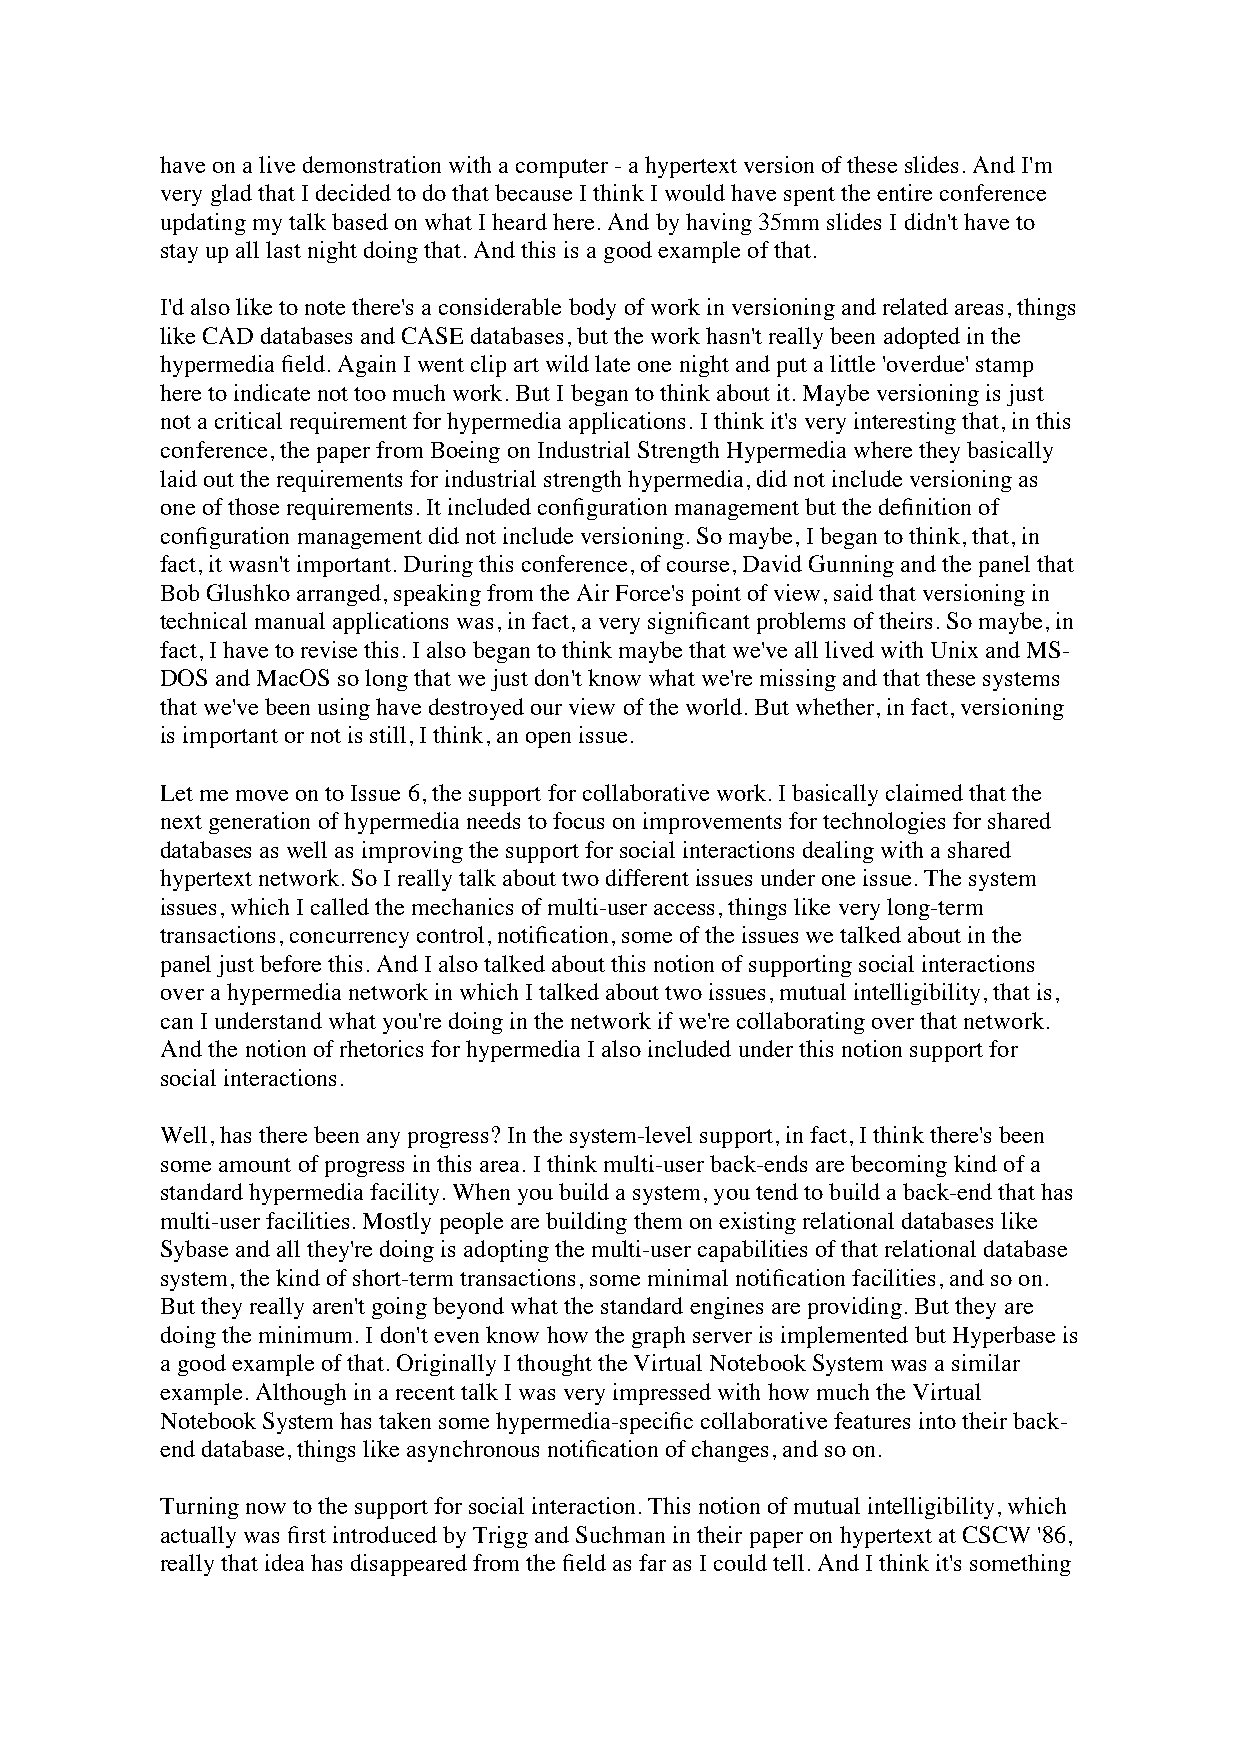
have on a live demonstration with a computer - a hypertext version of these slides. And I'm
 very glad that I decided to do that because I think I would have spent the entire conference
 updating my talk based on what I heard here. And by having 35mm slides I didn't have to
 stay up all last night doing that. And this is a good example of that.
 I'd also like to note there's a considerable body of work in versioning and related areas, things
 like CAD databases and CASE databases, but the work hasn't really been adopted in the
 hypermedia field. Again I went clip art wild late one night and put a little 'overdue' stamp
 here to indicate not too much work. But I began to think about it. Maybe versioning is just
 not a critical requirement for hypermedia applications. I think it's very interesting that, in this
 conference, the paper from Boeing on Industrial Strength Hypermedia where they basically
 laid out the requirements for industrial strength hypermedia, did not include versioning as
 one of those requirements. It included configuration management but the definition of
 configuration management did not include versioning. So maybe, I began to think, that, in
 fact, it wasn't important. During this conference, of course, David Gunning and the panel that
 Bob Glushko arranged, speaking from the Air Force's point of view, said that versioning in
 technical manual applications was, in fact, a very significant problems of theirs. So maybe, in
 fact, I have to revise this. I also began to think maybe that we've all lived with Unix and MS-
 DOS and MacOS so long that we just don't know what we're missing and that these systems
 that we've been using have destroyed our view of the world. But whether, in fact, versioning
 is important or not is still, I think, an open issue.
 Let me move on to Issue 6, the support for collaborative work. I basically claimed that the
 next generation of hypermedia needs to focus on improvements for technologies for shared
 databases as well as improving the support for social interactions dealing with a shared
 hypertext network. So I really talk about two different issues under one issue. The system
 issues, which I called the mechanics of multi-user access, things like very long-term
 transactions, concurrency control, notification, some of the issues we talked about in the
 panel just before this. And I also talked about this notion of supporting social interactions
 over a hypermedia network in which I talked about two issues, mutual intelligibility, that is,
 can I understand what you're doing in the network if we're collaborating over that network.
 And the notion of rhetorics for hypermedia I also included under this notion support for
 social interactions.
 Well, has there been any progress? In the system-level support, in fact, I think there's been
 some amount of progress in this area. I think multi-user back-ends are becoming kind of a
 standard hypermedia facility. When you build a system, you tend to build a back-end that has
 multi-user facilities. Mostly people are building them on existing relational databases like
 Sybase and all they're doing is adopting the multi-user capabilities of that relational database
 system, the kind of short-term transactions, some minimal notification facilities, and so on.
 But they really aren't going beyond what the standard engines are providing. But they are
 doing the minimum. I don't even know how the graph server is implemented but Hyperbase is
 a good example of that. Originally I thought the Virtual Notebook System was a similar
 example. Although in a recent talk I was very impressed with how much the Virtual
 Notebook System has taken some hypermedia-specific collaborative features into their back-
 end database, things like asynchronous notification of changes, and so on.
 Turning now to the support for social interaction. This notion of mutual intelligibility, which
 actually was first introduced by Trigg and Suchman in their paper on hypertext at CSCW '86,
 really that idea has disappeared from the field as far as I could tell. And I think it's something